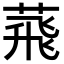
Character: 𦴧